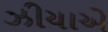
ઝીયાએ